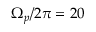
\Omega _ { p } / 2 \pi = 2 0